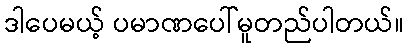
ဒါပေမယ့် ပမာဏပေါ်မူတည်ပါတယ်။